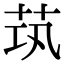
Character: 茿